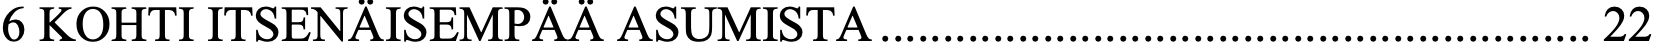
6 KOHTI ITSENÄISEMPÄÄ ASUMISTA ......................................................... 22